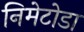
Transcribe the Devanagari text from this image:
निमेटोडा